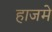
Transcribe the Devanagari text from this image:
हाजमे